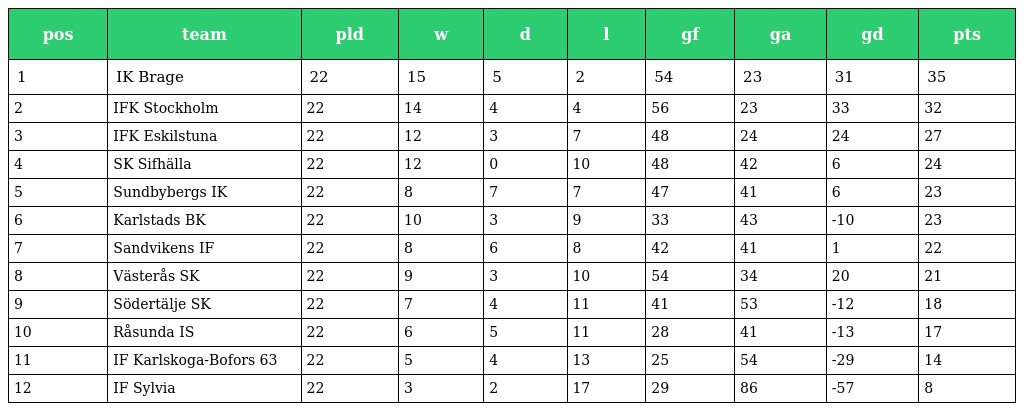
| pos | team | pld | w | d | l | gf | ga | gd | pts |
 | --- | --- | --- | --- | --- | --- | --- | --- | --- | --- |
 | 1 | IK Brage | 22 | 15 | 5 | 2 | 54 | 23 | 31 | 35 |
 | 2 | IFK Stockholm | 22 | 14 | 4 | 4 | 56 | 23 | 33 | 32 |
 | 3 | IFK Eskilstuna | 22 | 12 | 3 | 7 | 48 | 24 | 24 | 27 |
 | 4 | SK Sifhälla | 22 | 12 | 0 | 10 | 48 | 42 | 6 | 24 |
 | 5 | Sundbybergs IK | 22 | 8 | 7 | 7 | 47 | 41 | 6 | 23 |
 | 6 | Karlstads BK | 22 | 10 | 3 | 9 | 33 | 43 | -10 | 23 |
 | 7 | Sandvikens IF | 22 | 8 | 6 | 8 | 42 | 41 | 1 | 22 |
 | 8 | Västerås SK | 22 | 9 | 3 | 10 | 54 | 34 | 20 | 21 |
 | 9 | Södertälje SK | 22 | 7 | 4 | 11 | 41 | 53 | -12 | 18 |
 | 10 | Råsunda IS | 22 | 6 | 5 | 11 | 28 | 41 | -13 | 17 |
 | 11 | IF Karlskoga-Bofors 63 | 22 | 5 | 4 | 13 | 25 | 54 | -29 | 14 |
 | 12 | IF Sylvia | 22 | 3 | 2 | 17 | 29 | 86 | -57 | 8 |